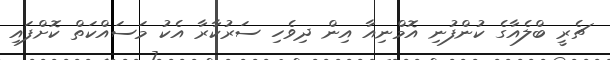
ޗެރީ ބްލެއާގެ ކުންފުނި އޮމްނިއާ އިން ދިވެހި ސަރުކާރާ އެކު މަސައްކަތް ކޮށްފައި